Scottish Leaving Certificate Examination, 1955
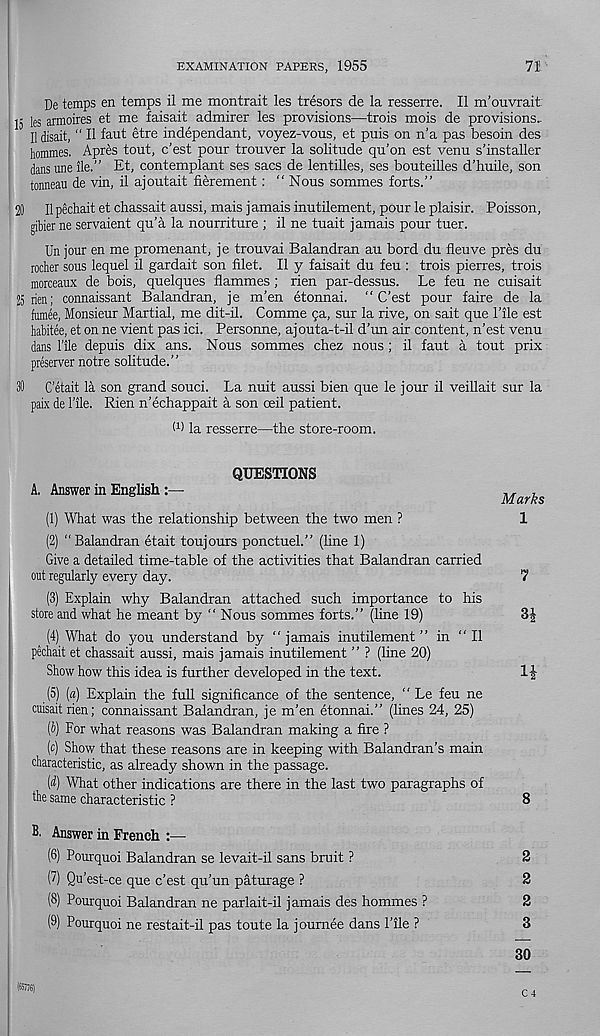
EXAMINATION PAPERS, 1955
71
De temps en temps il me montrait les tresors de la resserre. II m’ouvrait
15 les armoires et me faisait admirer les provisions—trois mois de provisions..
Ildisait, “ II faut etre independant, voyez-vous, et puis on n’a pas besoin des
hommes. Apres tout, c’est pour trouver la solitude qu’on est venu s’installer
dans une ile.” Et, contemplant ses sacs de lentilles, ses bouteilles d’huile, son
tonneau de vin, il ajoutait fierement: “ Nous sommes forts.”
20 II pechait et chassait aussi, mais j amais inutilement, pour le plaisir. Poisson,
gibier ne servaient qu’a la nourriture ; il ne tuait jamais pour tuer.
Un jour en me promenant, je trouvai Balandran au bord du fleuve pres du
rocher sous lequel il gardait son filet. Il y faisait du feu : trois pierres, trois
morceaux de bois, quelques flammes; rien par-dessus. Le feu ne cuisait
25 rien; connaissant Balandran, je m’en etonnai. “C’est pour faire de la
fumee, Monsieur Martial, me dit-il. Comme 5a, sur la rive, on sait que Tile est
habitee, et on ne vient pas ici. Personne, ajouta-t-il d’un air content, n’est venu
dans 1’ile depuis dix ans. Nous sommes chez nous ; il faut a tout prix
preserver notre solitude.”
30 C’etait la son grand souci. La nuit aussi bien que le jour il veillait sur la
paix de File. Rien n’echappait a son ceil patient.
M la resserre—the store-room.
QUESTIONS
A. Answer in English :—
Mark
(1) What was the relationship between the two men ?
1
(2) “Balandran etait toujours ponctuel.” (line 1)
Give a detailed time-table of the activities that Balandran carried
out regularly every day.
7
(3) Explain why Balandran attached such importance to his
store and what he meant by “ Nous sommes forts.” (line 19)
3|
(4) What do you understand by “ jamais inutilement ” in " Il
pechait et chassait aussi, mais jamais inutilement ” ? (line 20)
Show how this idea is further developed in the text.
1£
(5) (a) Explain the full significance of the sentence, “ Le feu ne
cuisait rien; connaissant Balandran, je m’en etonnai.” (lines 24, 25)
{b) For what reasons was Balandran making a fire ?
(c) Show that these reasons are in keeping with Balandran’s main
characteristic, as already shown in the passage.
(d) What other indications are there in the last two paragraphs of
the same characteristic ?
8
Answer in French :—
(6) Pourquoi Balandran se levait-il sans bruit ?
2
(7) Qu’est-ce que c’est qu’un paturage ?
2
(8) Pourquoi Balandran ne parlait-il jamais des hommes ?
2
(9) Pourquoi ne restait-il pas toute la joumee dans Pile ?
3
30
c 4